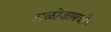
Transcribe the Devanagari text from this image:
तळोजामधील